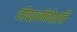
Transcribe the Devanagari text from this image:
जीवात्जीवोत्पत्ति